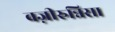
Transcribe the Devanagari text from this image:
वज़ीरुन्निसा